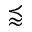
\precapprox